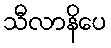
သီလာနိပေ